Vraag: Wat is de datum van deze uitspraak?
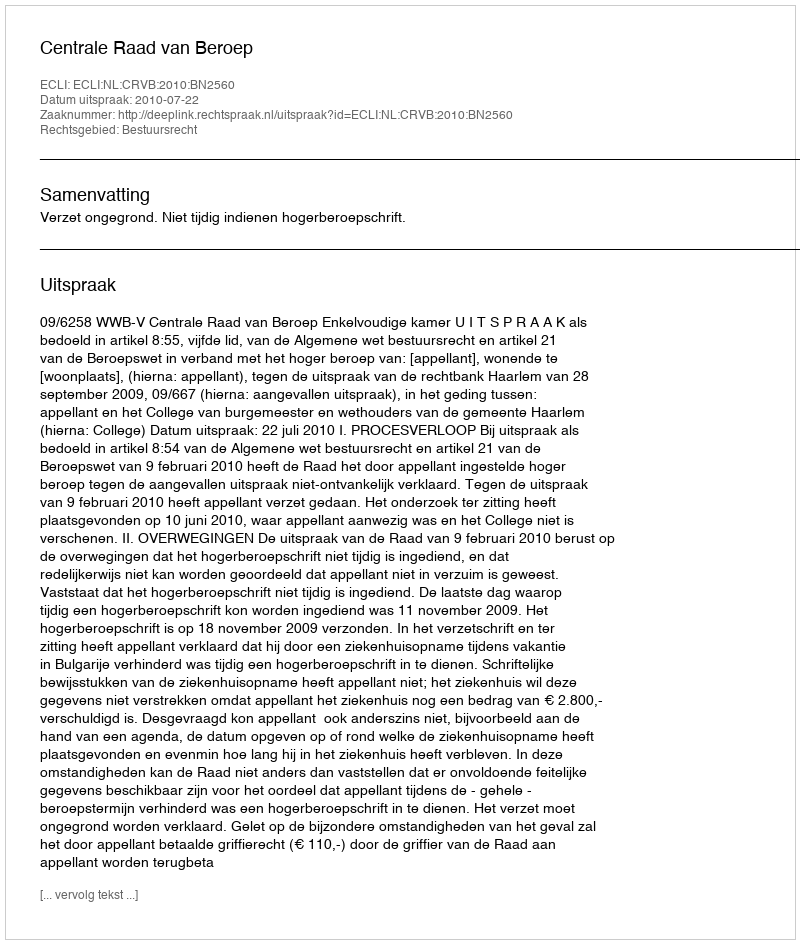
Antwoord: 2010-07-22